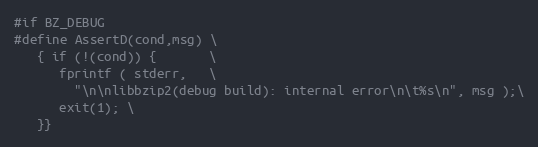
Language: C
#if BZ_DEBUG
#define AssertD(cond,msg) \
   { if (!(cond)) {       \
      fprintf ( stderr,   \
        "\n\nlibbzip2(debug build): internal error\n\t%s\n", msg );\
      exit(1); \
   }}